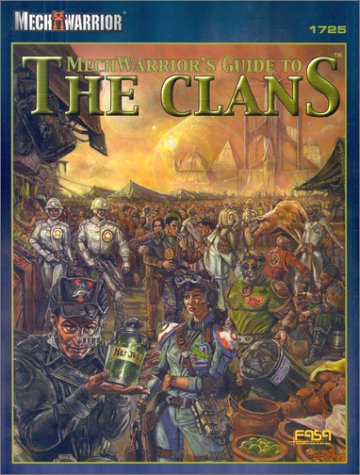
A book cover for Mechwarriors Guide to the Clans (FAS1725) (Battletech); Fasa; Science Fiction & Fantasy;